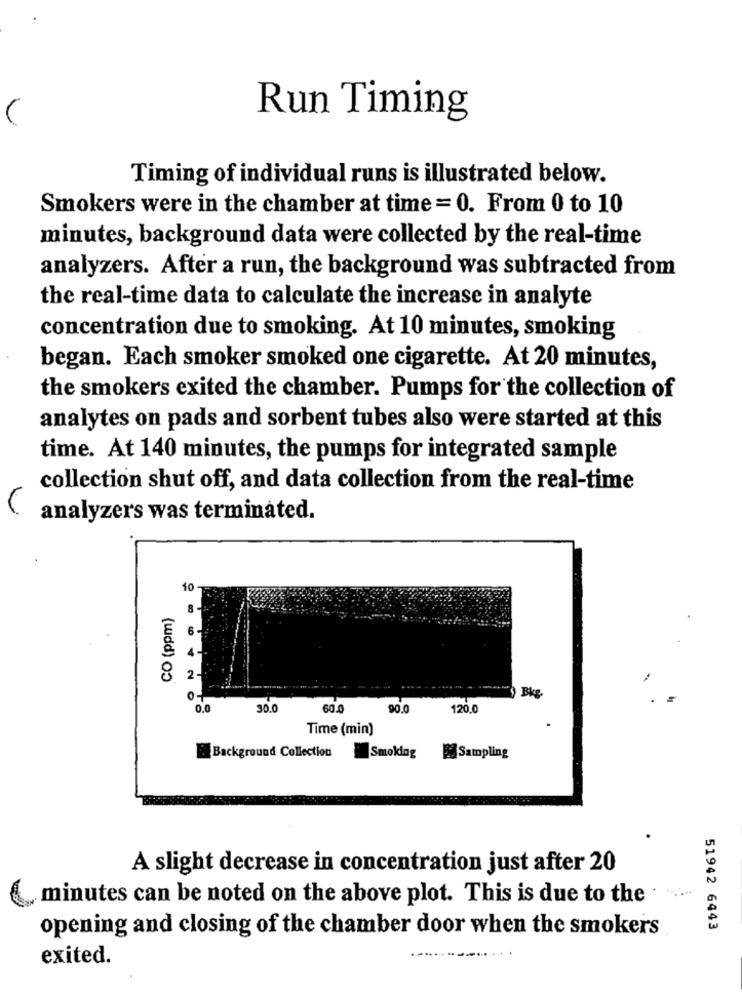
Run Timing
Timing of individual runs is illustrated below.
Smokers were in the chamber at time = 0. From 0 to 10
minutes, background data were collected by the real-time
analyzers. After a run, the background was subtracted from
the real-time data to calculate the increase in analyte
concentration due to smoking. At 10 minutes, smoking
began. Each smoker smoked one cigarette. At 20 minutes,
the smokers exited the chamber. Pumps for the collection of
analytes on pads and sorbent tubes also were started at this
time. At 140 minutes, the pumps for integrated sample
collection shut off, and data collection from the real-time
analyzers was terminated.
10
CO (ppm)
2
0,0
30.0
60.0
90.0
120.0
Time (min)
Background Collection
Smoking
Sampling
A slight decrease in concentration just after 20
minutes can be noted on the above plot. This is due to the
51942 6443
opening and closing of the chamber door when the smokers
exited.